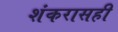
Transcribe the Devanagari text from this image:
शंकरासही